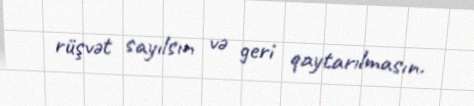
rüşvət sayılsın və geri qaytarılmasın.